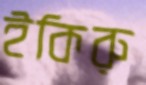
ইকিরু